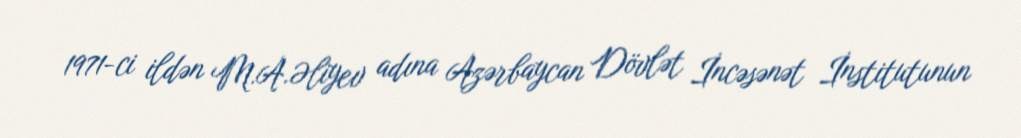
1971-ci ildən M.A.Əliyev adına Azərbaycan Dövlət İncəsənət İnstitutunun